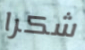
شكرا